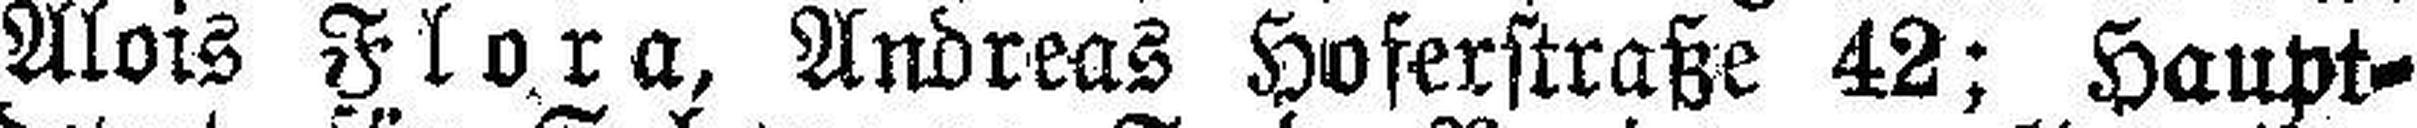
Alois Flora, Andreas Hoferstraße 42; Haupt¬